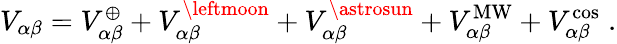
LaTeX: V_{\alpha\beta}=V_{\alpha\beta}^{\oplus}+V_{\alpha\beta}^{\leftmoon}+V_{\alpha\beta}^{\astrosun}+V_{\alpha\beta}^{\mathrm{MW}}+V_{\alpha\beta}^{\mathrm{cos}}\; .